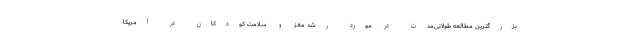
بزرگترین مطالعه طولانی‌مدت در مورد رشد مغز و سلامت کودکان در آمریکا